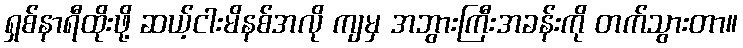
ရှစ်နာရီထိုးဖို့ ဆယ့်ငါးမိနစ်အလို ကျမှ အဘွားကြီးအခန်းကို တက်သွားတာ။